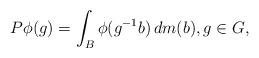
LaTeX: \begin{align*}P\phi(g) = \int_B \phi(g^{-1}b) \, dm(b), g \in G,\end{align*}